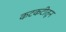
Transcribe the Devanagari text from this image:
कटकटीतून